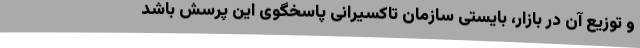
و توزیع آن در بازار، بایستی سازمان تاکسیرانی پاسخگوی این پرسش باشد